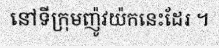
នៅទីក្រុមញ៉ូវយ៉កនេះដែរ ។